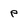
Character: p